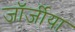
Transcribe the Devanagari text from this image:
जॉर्जीया